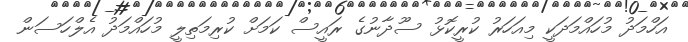
އަހްމަދު މުހައްމަދަކީ މިއަހަރު ކުރީކޮޅު ސޫދާނުގެ ރައީސް ކަމަށް ކުރިމަތިލީ މުހައްމަދު އެލްހަސަން